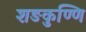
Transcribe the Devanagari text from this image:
शङकुण्णि